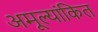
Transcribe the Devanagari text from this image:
अमूल्यांकित